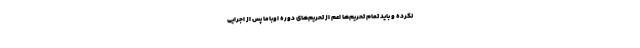
نکرده و باید تمام تحریم‌ها اعم از تحریم‌های دوره اوباما پس از اجرایی